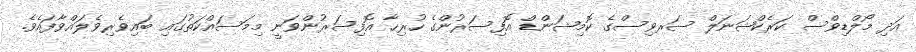
އަދި މޯލްޑިވްސް ކަރެކްޝަނަލް ސަރވިސްގެ ކޮމިޝަންޑް އޮފިސަރުންގެ ހުރިހާ އޮފިސަރުންވަނީ މިމަސައްކަތުގައި ބައިވެރިވެލައްވާފައެވެ.